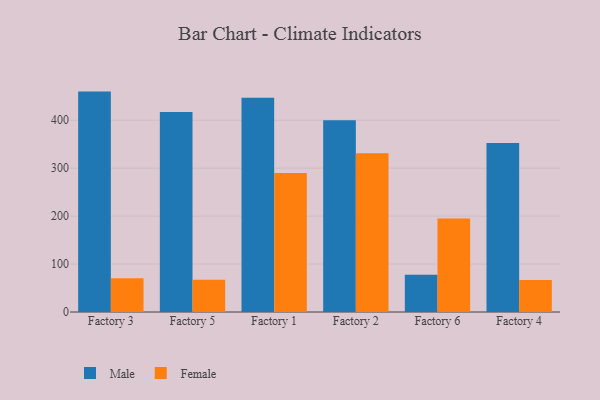
{"axis": {"x": "Factory", "y": "Production Output"}, "legend": ["Female", "Male"], "data": [{"x": "Factory 3", "y": 459.7, "type": "Male"}, {"x": "Factory 3", "y": 70.6, "type": "Female"}, {"x": "Factory 5", "y": 417.4, "type": "Male"}, {"x": "Factory 5", "y": 67.1, "type": "Female"}, {"x": "Factory 1", "y": 446.8, "type": "Male"}, {"x": "Factory 1", "y": 290.0, "type": "Female"}, {"x": "Factory 2", "y": 399.7, "type": "Male"}, {"x": "Factory 2", "y": 331.0, "type": "Female"}, {"x": "Factory 6", "y": 77.8, "type": "Male"}, {"x": "Factory 6", "y": 195.2, "type": "Female"}, {"x": "Factory 4", "y": 352.5, "type": "Male"}, {"x": "Factory 4", "y": 66.7, "type": "Female"}]}